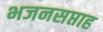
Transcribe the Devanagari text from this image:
भजनसप्ताह